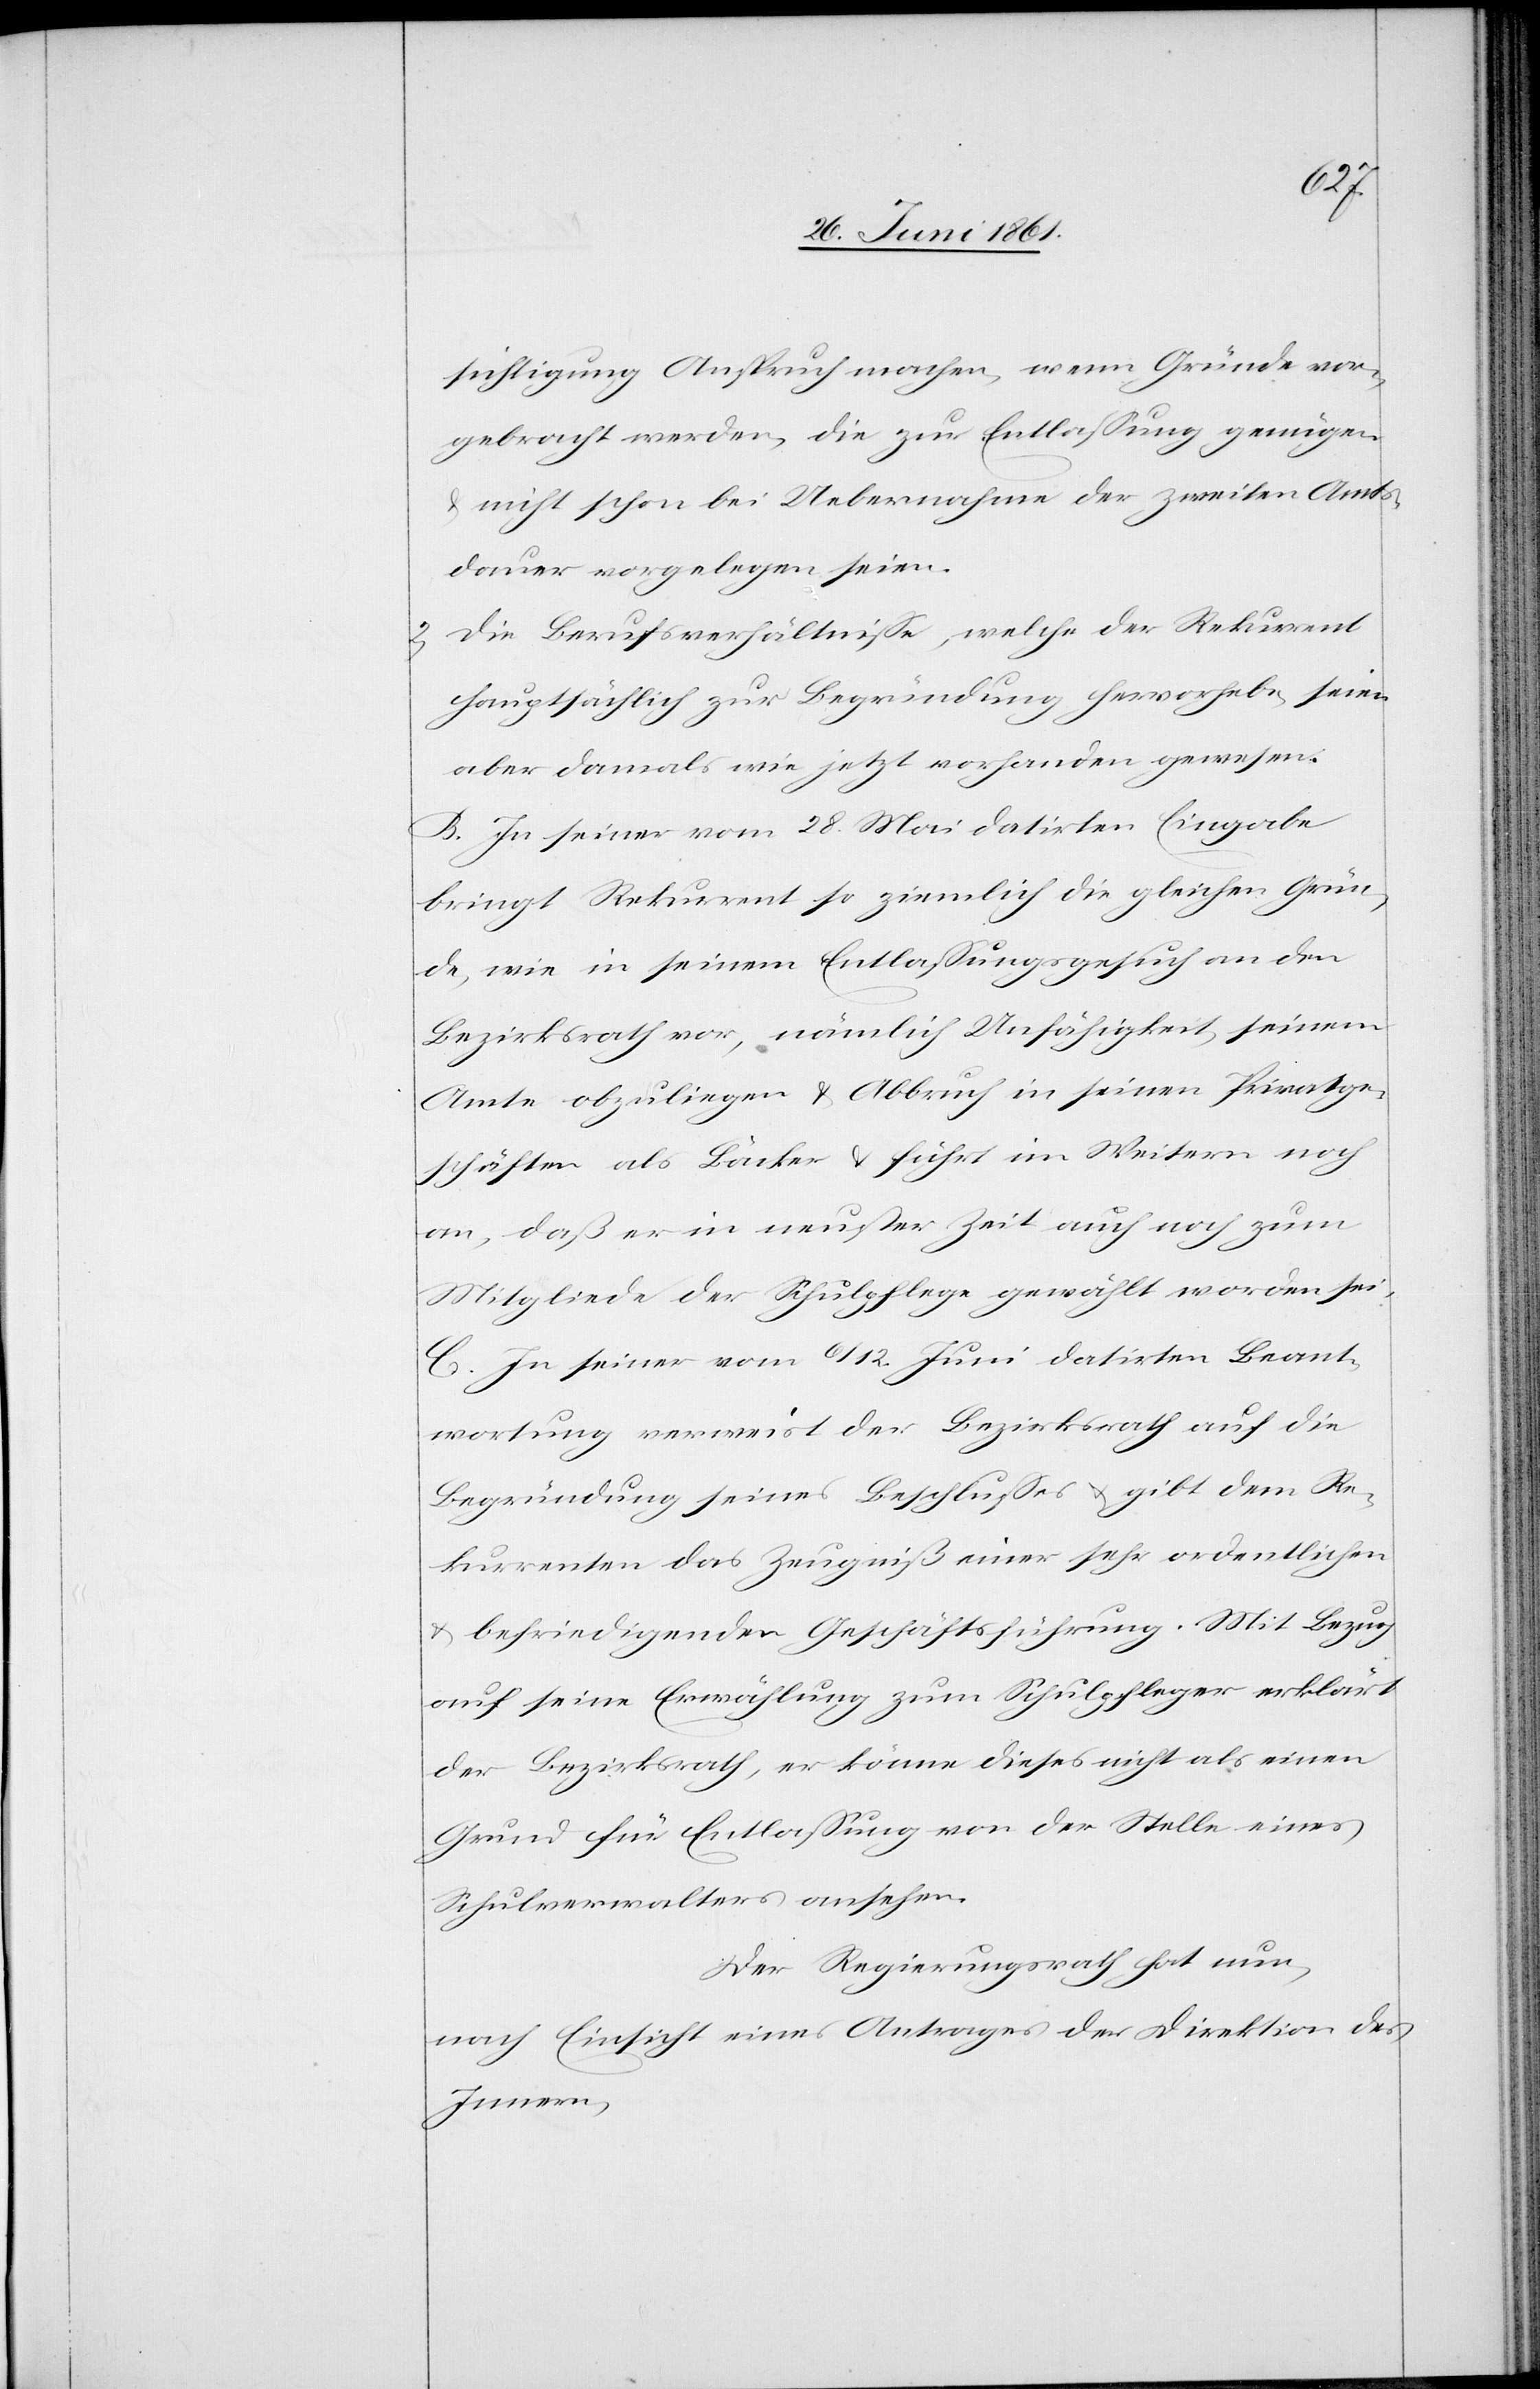
sichtigung Anspruch machen, wenn Gründe vor¬
gebracht werden, die zur Entlassung genügen
u. nicht schon bei Uebernahme der zweiten Amts¬
dauer vorgelegen seien.
2) Die Berufsverhältnisse, welche der Rekurrent
hauptsächlich zur Begründung hervorhebe, seien
aber damals wie jetzt vorhanden gewesen.
B. In seiner vom 28. Mai datirten Eingabe
bringt Rekurrent so ziemlich die gleichen Grün¬
de, wie in seinem Entlassungsgesuch an den
Bezirksrath vor, nämlich Unfähigkeit, seinem
Amte obzuliegen u. Abbruch in seinen Privatge¬
schäften als Bäcker u. führt im Weitern noch
an, daß er in neuester Zeit auch noch zum
Mitgliede der Schulpflege gewählt worden sei.
C. In seiner vom 6./12. Juni datirten Beant¬
wortung verweist der Bezirksrath auf die
Begründung seines Beschlusses u. gibt dem Re¬
kurrenten das Zeugniß einer sehr ordentlichen
u. befriedigenden Geschäftsführung. Mit Bezug
auf seine Erwählung zum Schulpfleger erklärt
der Bezirksrath, er könne dieses nicht als einen
Grund für Entlassung von der Stelle eines
Schulverwalters ansehen.
Der Regierungsrath hat nun,
nach Einsicht eines Antrages der Direktion des
Innern,